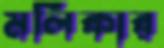
মলিকার